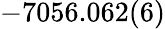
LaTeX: -7056.062(6)